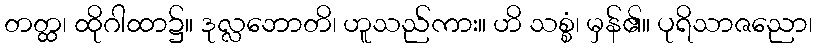
တတ္ထ၊ ထိုဂါထာ၌။ ဒုလ္လဘောတိ၊ ဟူသည်ကား။ ဟိ သစ္စံ၊ မှန်၏။ ပုရိသာဇညော၊